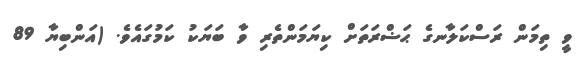
ވީ ތިމަން ރަސްކަލާނގެ ޙަޟްރަތަށް ކިޔަމަންތެރި ވާ ބަޔަކު ކަމުގައެވެ. (އަންބިޔާ 89